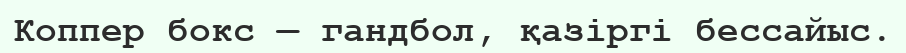
Коппер бокс — гандбол, қазіргі бессайыс.